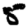
Digit: 5